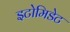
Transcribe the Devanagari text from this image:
इटोमिडेट